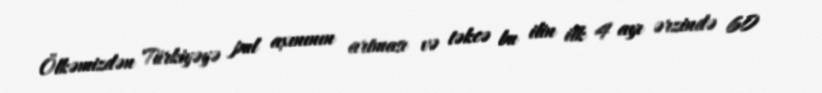
Ölkəmizdən Türkiyəyə pul axınının artması və təkcə bu ilin ilk 4 ayı ərzində 60